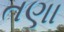
તણા